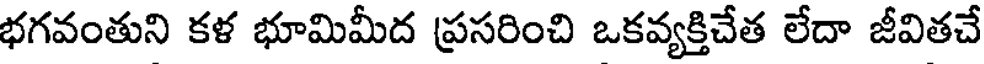
భగవంతుని కళ భూమిమీద ప్రసరించి ఒకవ్యక్తిచేత లేదా జీవితచే